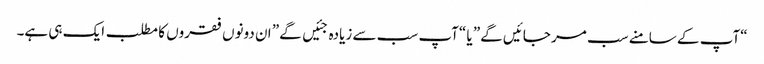
“آپ کے سامنے سب مر جائیں گے” یا “آپ سب سے زیادہ جئیں گے” ان دونوں فقروں کا مطلب ایک ہی ہے۔